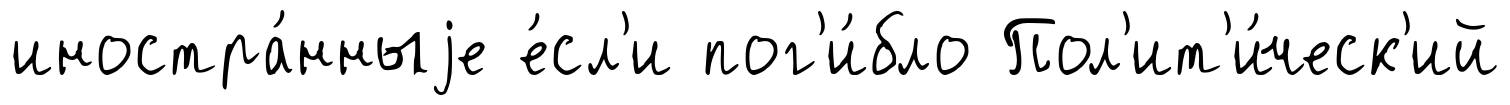
иностра́нныjе е́сл'и пог'и́бло Пол'ит'и́ческ'ий